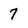
Character: 7